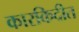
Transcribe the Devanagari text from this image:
कारकिदीत